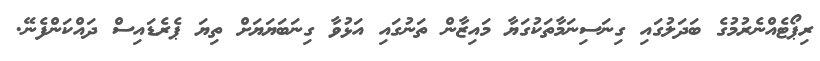
ރިޕޯޓެއްނެރުމުގެ ބަދަލުގައި ގިނަސިނަމާތަކުގަޔާ މައިޒާން ތަނުގައި އަޅުވާ ގިނަބަޔަޔަށް ތިޔަ ޕެރެޑައިސް ދައްކަންފެނޭ.